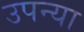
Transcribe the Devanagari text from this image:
उपन्या